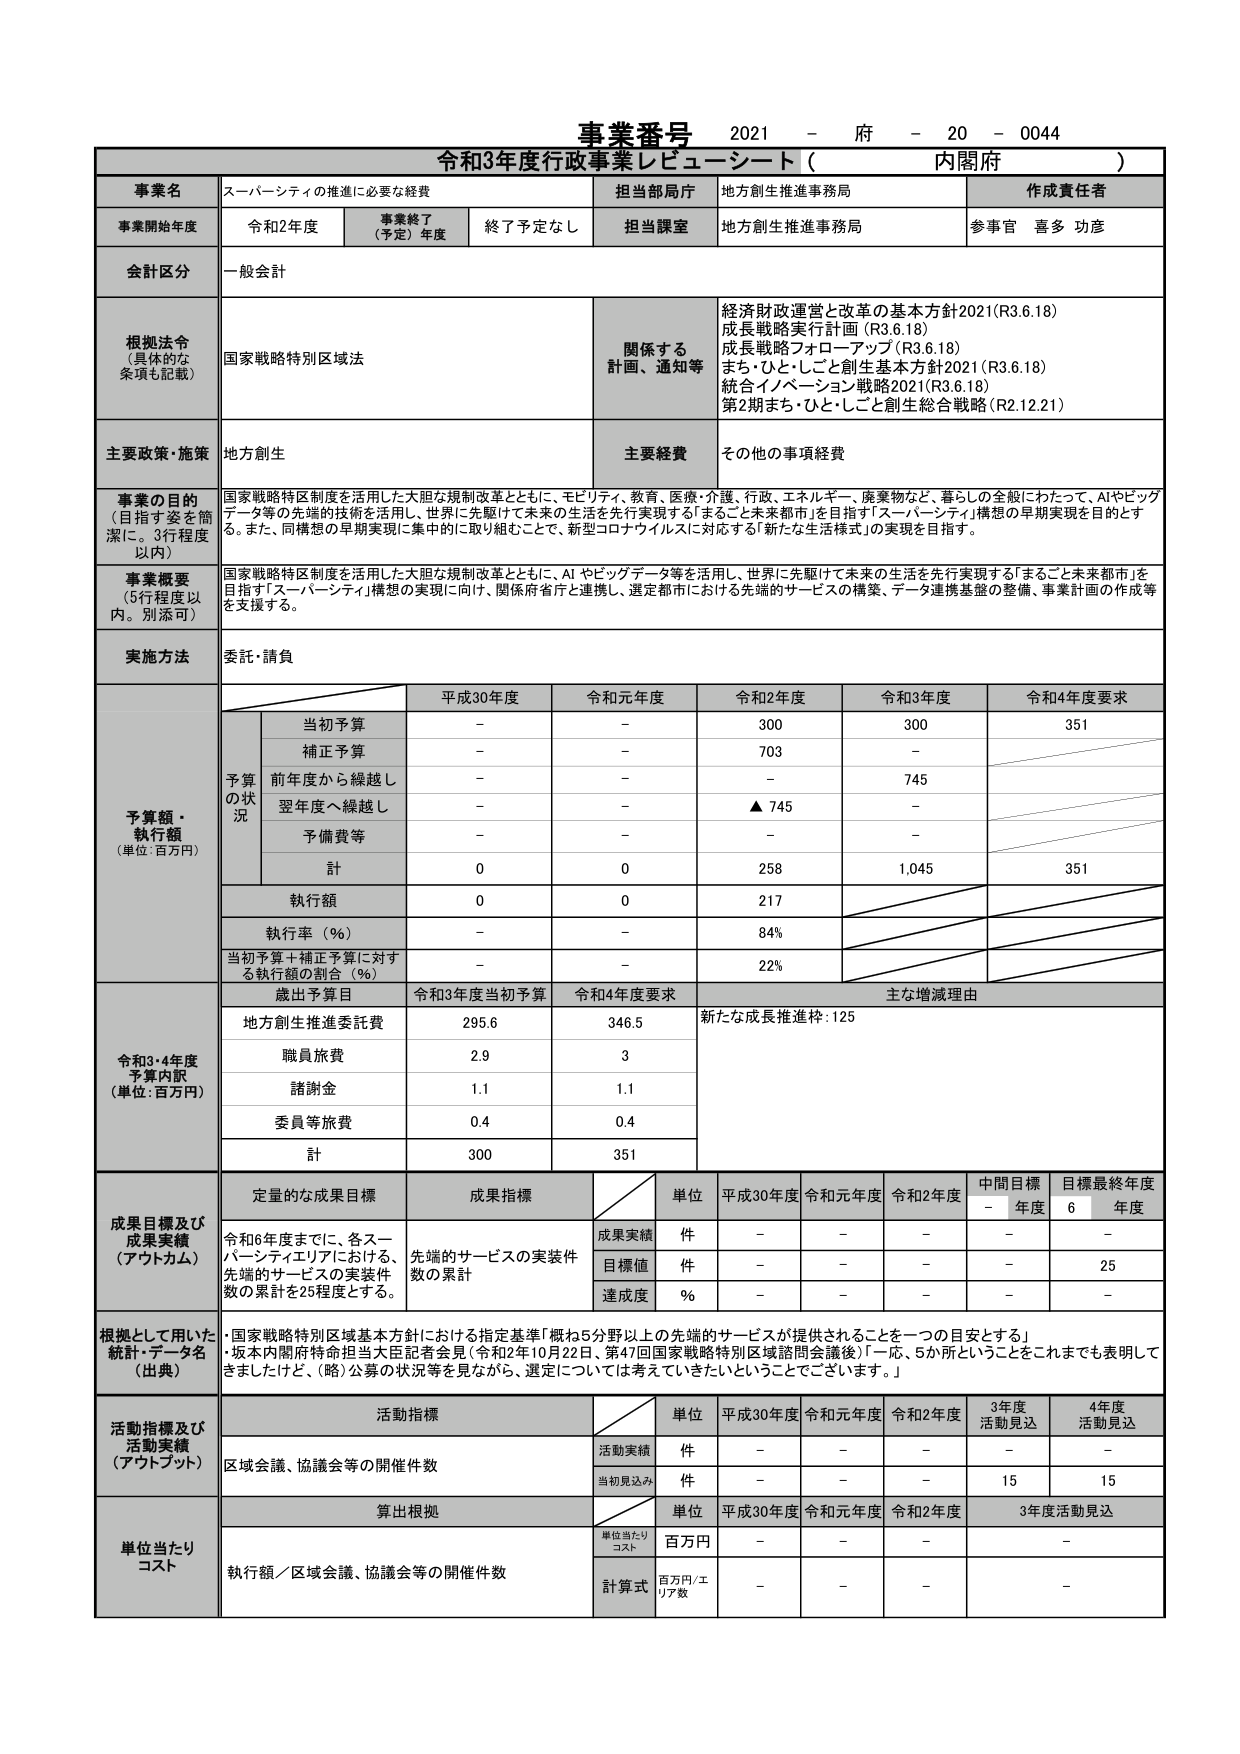
事業番号 2021 - 府 - 20 - 0044
令和3年度行政事業レビュー・シート（ 内閣府 ）

事業名 スーパーシティの推進に必要な経費
担当部局庁 地方創生推進事務局
作成責任者

事業開始年度 令和2年度
事業終了（予定）年度 終了予定なし
担当課室 地方創生推進事務局
参事官 喜多 功彦

会計区分 一般会計

根拠法令（具体的な条項も記載） 国家戦略特別区域法
関係する計画、通知等
経済財政運営と改革の基本方針2021（R3.6.18）
成長戦略実行計画（R3.6.18）
成長戦略フォローアップ（R3.6.18）
まち・ひと・しごと創生基本方針2021（R3.6.18）
統合イノベーション戦略2021（R3.6.18）
第2期まち・ひと・しごと創生総合戦略（R2.12.21）

主要政策・施策 地方創生
主要経費 その他の事項経費

事業の目的（目指す姿を簡潔に。3行程度以内）
国家戦略特区制度を活用した大胆な規制改革とともに、モビリティ、教育、医療・介護、行政、エネルギー、廃棄物など、暮らしの全般にわたって、AIやビッグデータ等の先端的技術を活用し、世界に先駆けて未来の生活を先行実現する「まるごと未来都市」を目指す「スーパーシティ」構想の早期実現を目的とする。また、同構想の早期実現に集中的に取り組むことで、新型コロナウイルスに対応する「新たな生活様式」の実現を目指す。

事業概要（5行程度以内。別添可）
国家戦略特区制度を活用した大胆な規制改革とともに、AIやビッグデータ等を活用し、世界に先駆けて未来の生活を先行実現する「まるごと未来都市」を目指す「スーパーシティ」構想の実現に向け、関係府省庁と連携し、選定都市における先端的サービスの構築、データ連携基盤の整備、事業計画の作成等を支援する。

実施方法 委託・請負

予算額・執行額（単位：百万円）
平成30年度 令和元年度 令和2年度 令和3年度 令和4年度要求
予算の状況
当初予算 - - 300 300 351
補正予算 - - 703 -
前年度から繰越し - - - 745
翌年度へ繰越し - - ▲745 -
予備費等 - - - -
計 0 0 258 1,045 351
執行額 0 0 217
執行率（％） - - 84%
当初予算＋補正予算に対する執行額の割合（％） - - 22%

歳出予算目 令和3年度当初予算 令和4年度要求 主な増減理由
地方創生推進委託費 295.6 346.5 新たな成長推進枠：125
職員旅費 2.9 3
謝謝金 1.1 1.1
委員等旅費 0.4 0.4
計 300 351

成果目標及び成果実績（アウトカム）
定量的な成果目標 成果指標 単位 平成30年度 令和元年度 令和2年度 中間目標年度 目標最終年度
令和6年度までに、各スーパーシティエリアにおける先端的サービスの実装件数の累計を25程度とする。
成果実績 件 - - - - -
目標値 件 - - - - 25
達成度 ％ - - - - -

根拠として用いた統計・データ名（出典）
・国家戦略特別区域基本方針における指定基準「概ね5分野以上の先端的サービスが提供されることを一つの目安とする」
・坂本内閣府特命担当大臣記者会見（令和2年10月22日、第47回国家戦略特別区域諮問会議後）「一応、5か所ということをこれまでも表明してきましたけど、（略）公募の状況等を見ながら、選定については考えていくきたいということでございます。」

活動指標及び活動実績（アウトプット）
活動指標 単位 平成30年度 令和元年度 令和2年度 3年度活動見込 4年度活動見込
区域会議、協議会等の開催件数
活動実績 件 - - - - -
当初見込み 件 - - - 15 15

単位当たりコスト
算出根拠 単位 平成30年度 令和元年度 令和2年度 3年度活動見込
単位当たりコスト 百万円 - - - -
執行額／区域会議、協議会等の開催件数
計算式 百万円/エリア数 - - - -